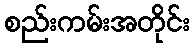
စည်းကမ်းအတိုင်း